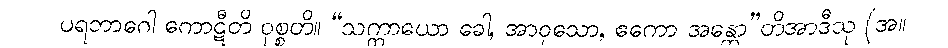
ပရဘာဂေါ ကောဋီတိ ဝုစ္စတိ။ “သက္ကာယော ခေါ, အာဝုသော, ဧကော အန္တော”တိအာဒီသု (အ။